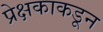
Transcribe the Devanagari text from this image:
प्रेक्षकाकडून